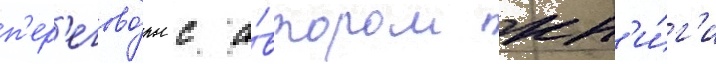
п'ер'егово́ры с а́втором кн'и́г'и